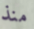
منذ